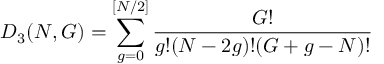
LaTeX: D _ { 3 } ( N , G ) = \sum _ { g = 0 } ^ { [ N / 2 ] } \frac { G ! } { g ! ( N - 2 g ) ! ( G + g - N ) ! }